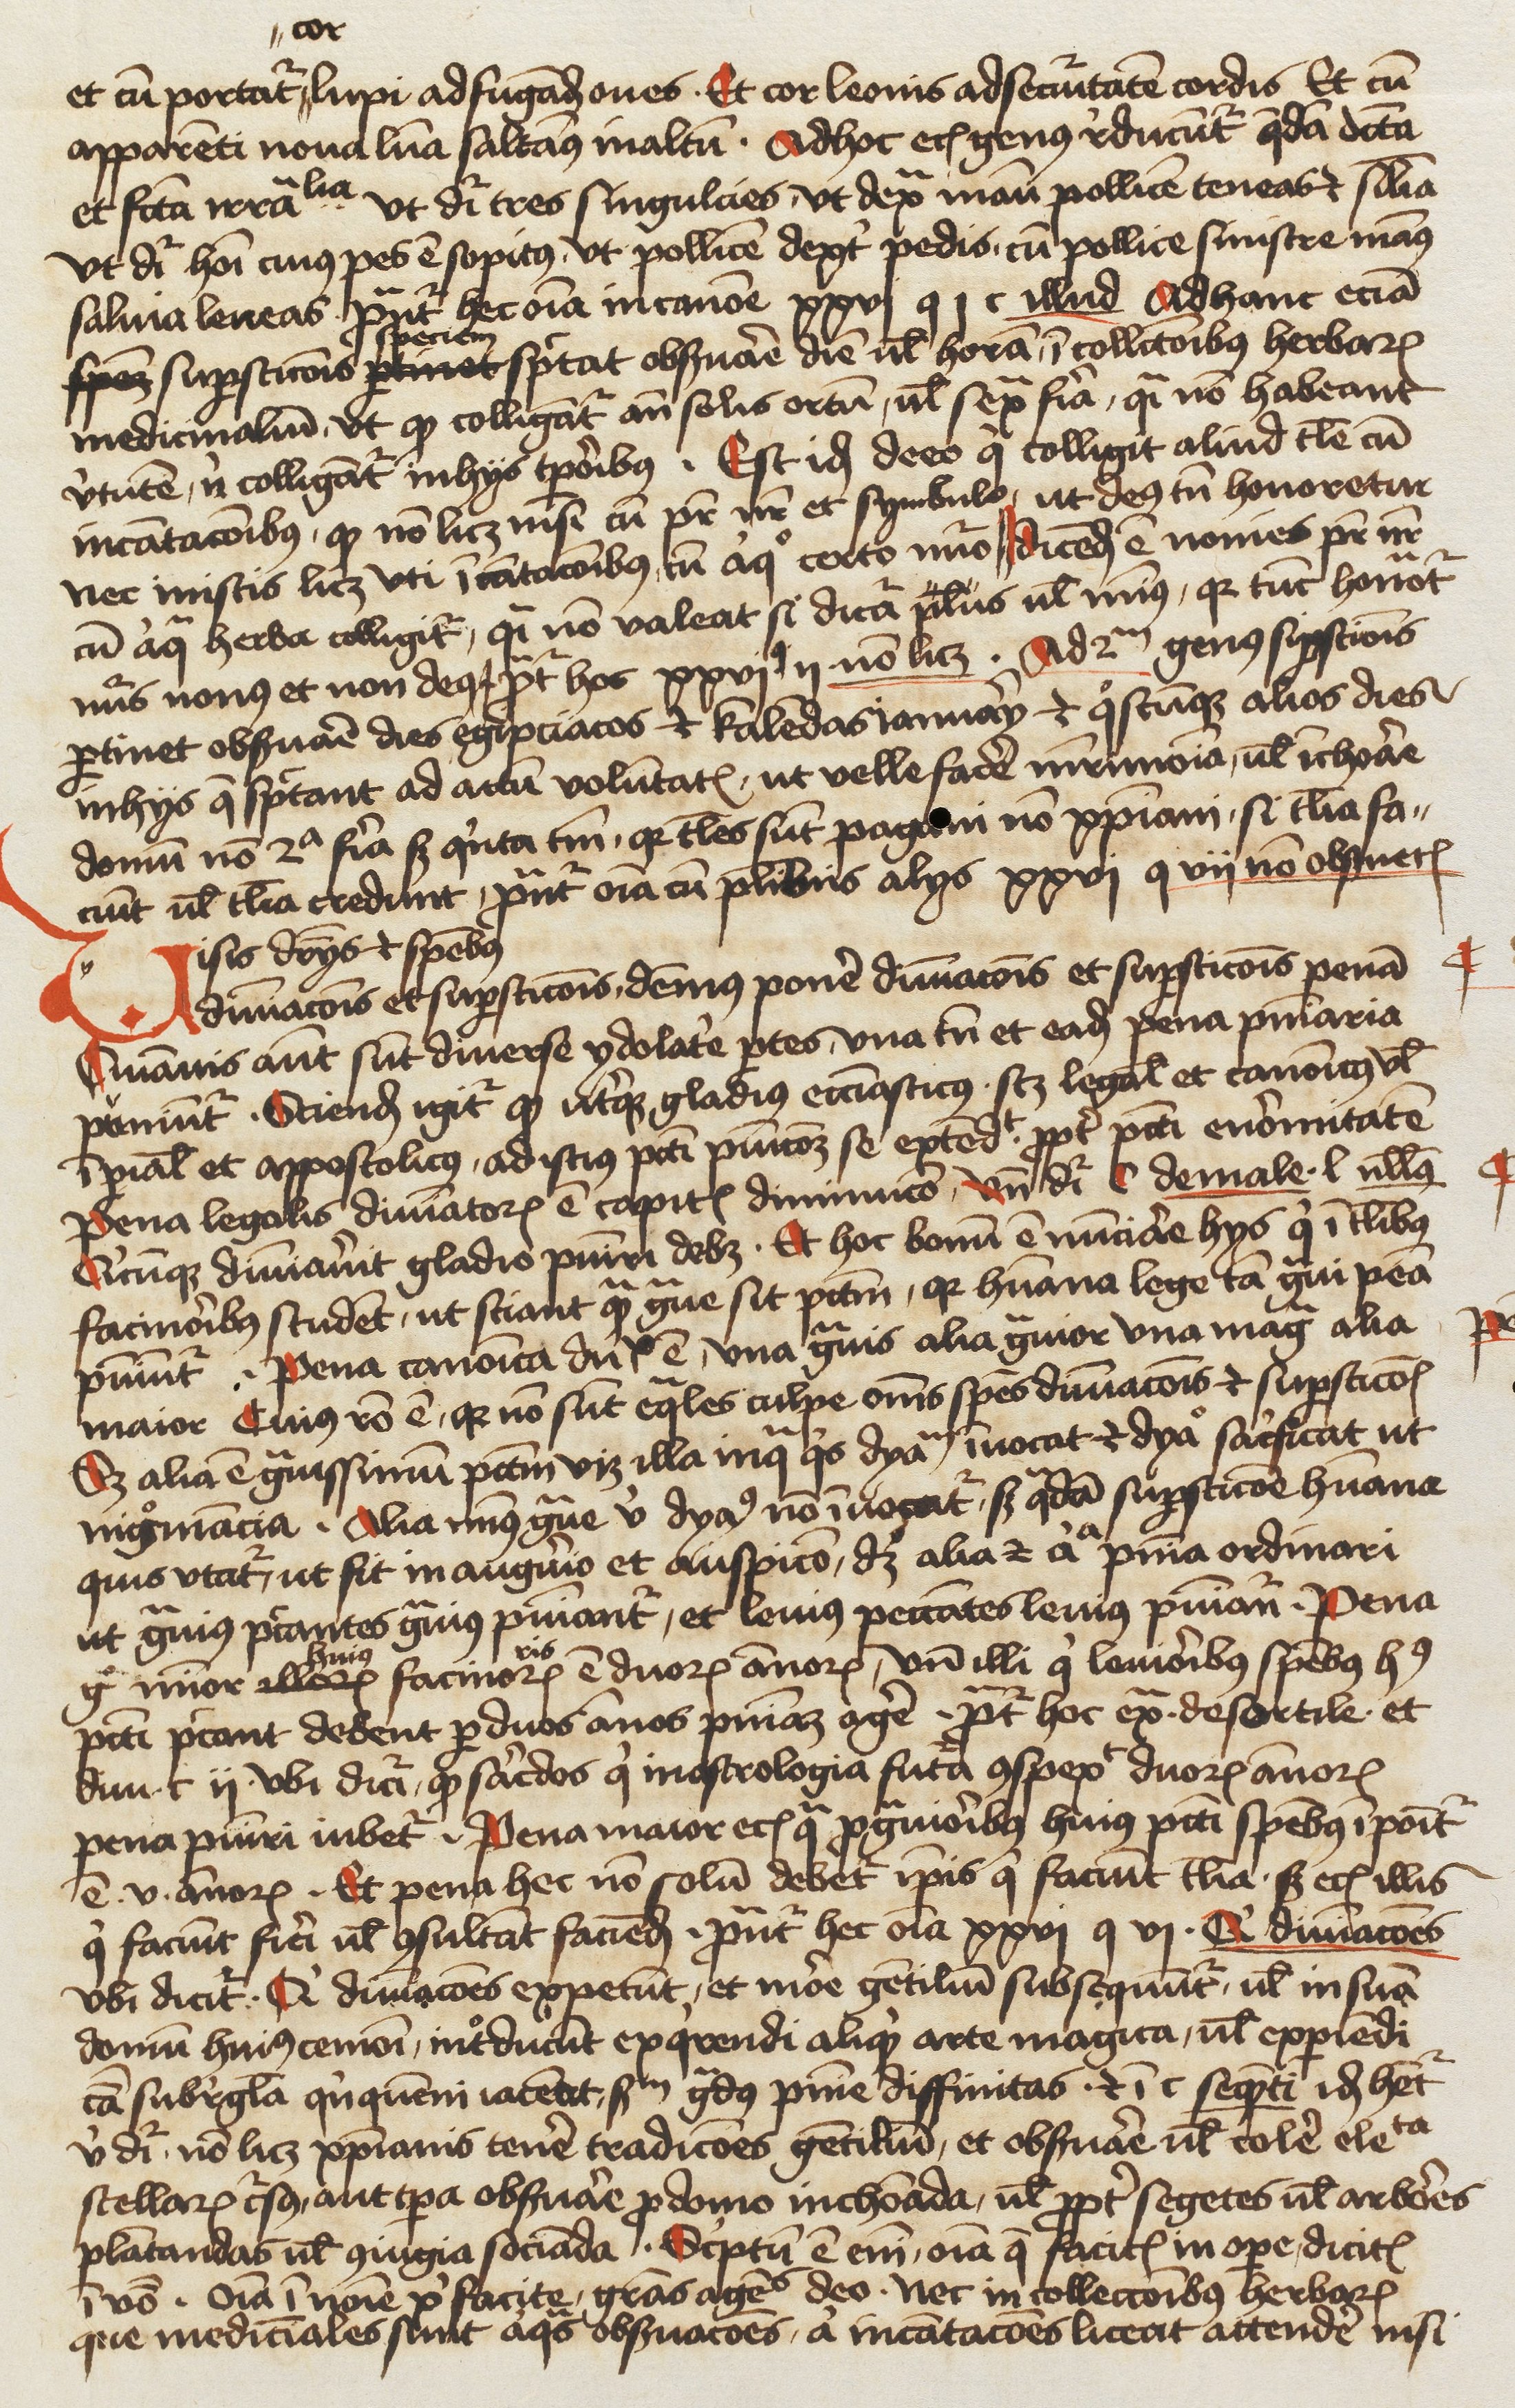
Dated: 1450–1499